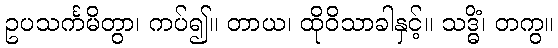
ဥပသင်္ကမိတွာ၊ ကပ်၍။ တာယ၊ ထိုဝိသာခါနှင့်။ သဒ္ဓိံ၊ တကွ။